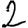
Digit: 2